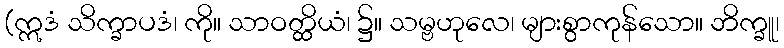
(ဣဒံ သိက္ခာပဒံ၊ ကို။ သာဝတ္ထိယံ၊ ၌။ သမ္ဗဟုလေ၊ များစွာကုန်သော။ ဘိက္ခူ၊